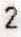
2